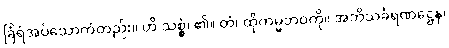
ခြံရံအပ်သောကံတည်း။ ဟိ သစ္စွံ၊ ၏။ တံ၊ ထိုကမ္မဘဝကို။ အဘိသင်္ခရဏဋ္ဌေန၊